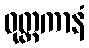
ဓုတ္တကာနံ